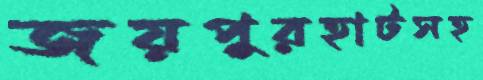
জয়পুরহাটসহ